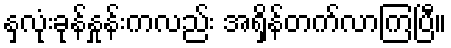
နှလုံးခုန်နှုန်းကလည်း အရှိန်တက်လာကြပြီ။